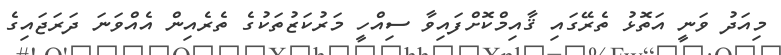
މިއަދު ވަނީ އަތޮޅު ތެރޭގައި ޤާއިމްކޮށްފައިވާ ސިއްހީ މަރުކަޒުތަކުގެ ތެރެއިން އެއްވަނަ ދަރަޖައިގެ